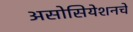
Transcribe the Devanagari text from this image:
असोसियेशनचे